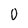
Character: 0